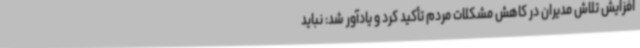
افزایش تلاش مدیران در کاهش مشکلات مردم تأکید کرد و یادآور شد: نباید